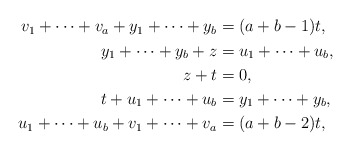
\begin{align*}\begin{aligned}v_1+\cdots+v_a+y_1+\cdots+y_b&=(a+b-1)t, \\y_1+\cdots+y_b+z&=u_1+\cdots+u_b, \\z+t&=0, \\t+u_1+\cdots+u_b&=y_1+\cdots+y_b, \\u_1+\cdots+u_b+v_1+\cdots+v_a&=(a+b-2)t, \end{aligned}\end{align*}